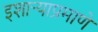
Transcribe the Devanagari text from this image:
इशार्‍याप्रमाणे